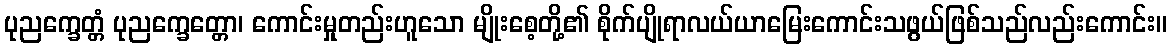
ပုညက္ခေတ္တံ ပုညက္ခေတ္တော၊ ကောင်းမှုတည်းဟူသော မျိုးစေ့တို့၏ စိုက်ပျိုရာလယ်ယာမြေးကောင်းသဖွယ်ဖြစ်သည်လည်းကောင်း။